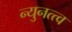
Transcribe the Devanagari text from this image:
न्युनत्त्व